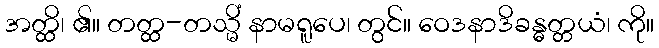
အတ္ထိ၊ ၏။ တတ္ထ-တသ္မိံ နာမရူပေ၊ တွင်။ ဝေဒနာဒိခန္ဓတ္တယံ၊ ကို။